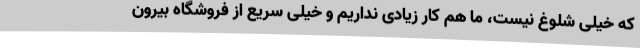
که خیلی شلوغ نیست، ما هم کار زیادی نداریم و خیلی سریع از فروشگاه بیرون